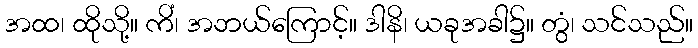
အထ၊ ထိုသို့။ ကိံ၊ အဘယ်ကြောင့်။ ဒါနိ၊ ယခုအခါ၌။ တွံ၊ သင်သည်။